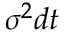
\sigma ^ { 2 } d t